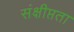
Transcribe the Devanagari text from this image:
संक्षीप्तता